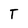
Character: T